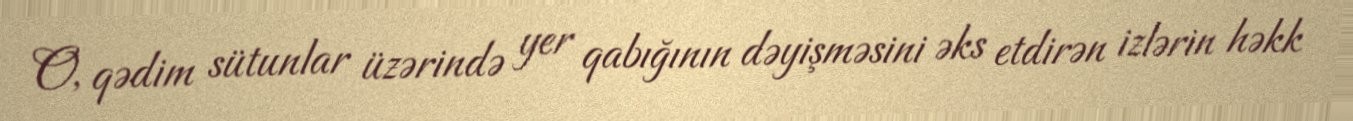
O, qədim sütunlar üzərində yer qabığının dəyişməsini əks etdirən izlərin həkk